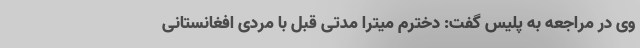
وی در مراجعه به پلیس گفت: دخترم میترا مدتی قبل با مردی افغانستانی